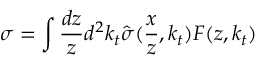
\sigma = \int \frac { d z } { z } d ^ { 2 } k _ { t } \hat { \sigma } ( \frac { x } { z } , k _ { t } ) { \cal F } ( z , k _ { t } )